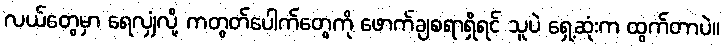
လယ်တွေမှာ ရေလျှံလို့ ကတွတ်ပေါက်တွေကို ဖောက်ချစရာရှိရင် သူပဲ ရှေ့ဆုံးက ထွက်တာပဲ။